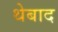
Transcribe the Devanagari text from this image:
थेबाद